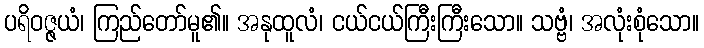
ပရိဝဇ္ဇယံ၊ ကြည်တော်မူ၏။ အနုထူလံ၊ ငယ်ငယ်ကြီးကြီးသော။ သဗ္ဗံ၊ အလုံးစုံသော။